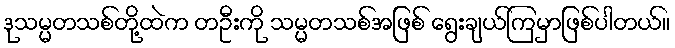
ဒုသမ္မတသစ်တို့ထဲက တဦးကို သမ္မတသစ်အဖြစ် ရွေးချယ်ကြမှာဖြစ်ပါတယ်။